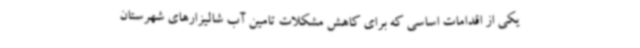
یکی از اقدامات اساسی که برای کاهش مشکلات تامین آب شالیزارهای شهرستان